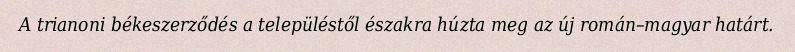
A trianoni békeszerződés a településtől északra húzta meg az új román–magyar határt.